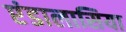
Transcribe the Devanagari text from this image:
एंडालासिया